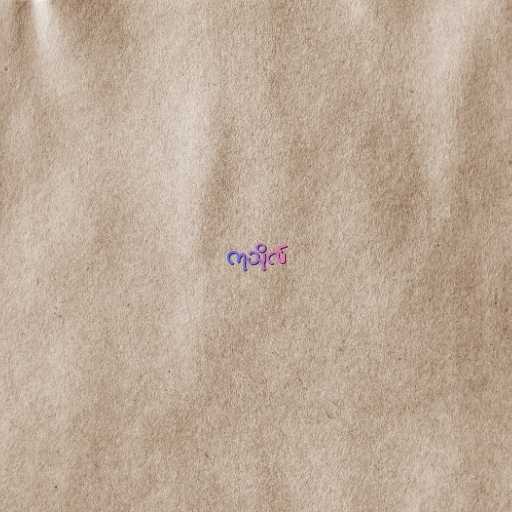
ကုသိုလ်